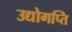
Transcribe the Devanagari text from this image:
उद्योगप्ति